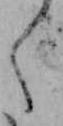
え